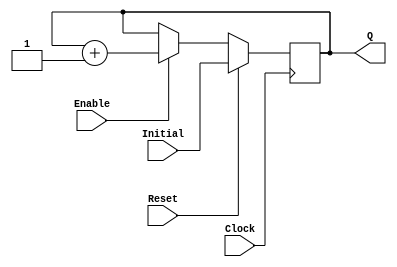
`timescale 1ns / 1ps
////////////////////////////////////////////////////////////////////////
//// MODULE: UPCOUNTER                                                //
////////////////////////////////////////////////////////////////////////

module UPCOUNTER_POSEDGE # (parameter SIZE=16)
(
input wire Clock, Reset,
input wire [SIZE-1:0] Initial,
input wire Enable,
output reg [SIZE-1:0] Q
); 


  always @(posedge Clock )
  begin
      if (Reset)
        Q = Initial;
      else
		begin
		if (Enable)
			Q = Q + 1;
			
		end			
  end

endmodule

////////////////////////////////////////////////////////////////////////
//// MODULE: FFD                                                      //
////////////////////////////////////////////////////////////////////////
/*
	Bank of FFD, posedge driven and with sinchronous reset
*/
module FFD # ( parameter SIZE=8 )
(
	input wire				Clock,
	input wire				Reset,
	input wire				Enable,
	input wire [SIZE-1:0]	D,
	output reg [SIZE-1:0]	Q
);
	

always @ (posedge Clock) 
begin
	if ( Reset )
		Q <= 0;
	else
	begin	
		if (Enable) 
			Q <= D; 
	end	
 
end

endmodule